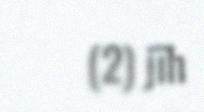
(2) jïh